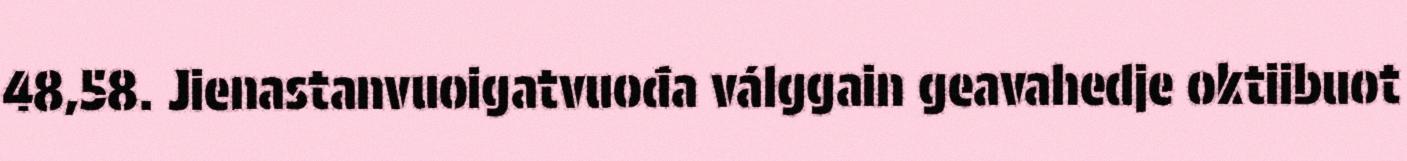
48,58. Jienastanvuoigatvuođa válggain geavahedje oktiibuot